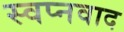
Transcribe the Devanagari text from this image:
स्वप्नवाद